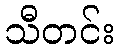
သီတင်း